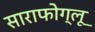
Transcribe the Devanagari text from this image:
साराफोग्लू